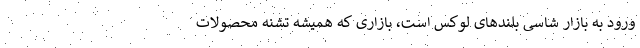
ورود به بازار شاسی بلندهای لوکس است، بازاری که همیشه تشنه محصولات